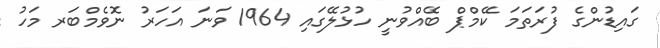
ގައިޑުންގެ ފުރަތަމަ ކޭމްޕް ބޭއްވުނީ ހުޅުލޭގައި 1964 ވަނަ އަހަރު ނޮވެމްބަރ މަހު